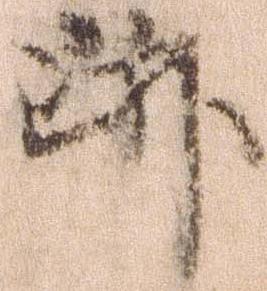
跡